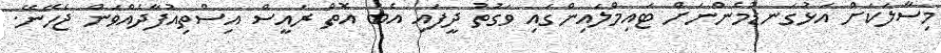
މިސާލަކަށް އަޅުގަނޑުމެންނަށް ޓައިމްލައިންގައި ވަގުތު ދީފައި އެބަ އޮތް ރައީސް އިސްތިއުފާދެއްވަން ޖެހޭނޭ.